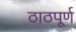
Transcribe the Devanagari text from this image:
ठाठपूर्ण